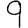
Digit: 9